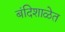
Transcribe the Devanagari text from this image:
बंदिशाळेत